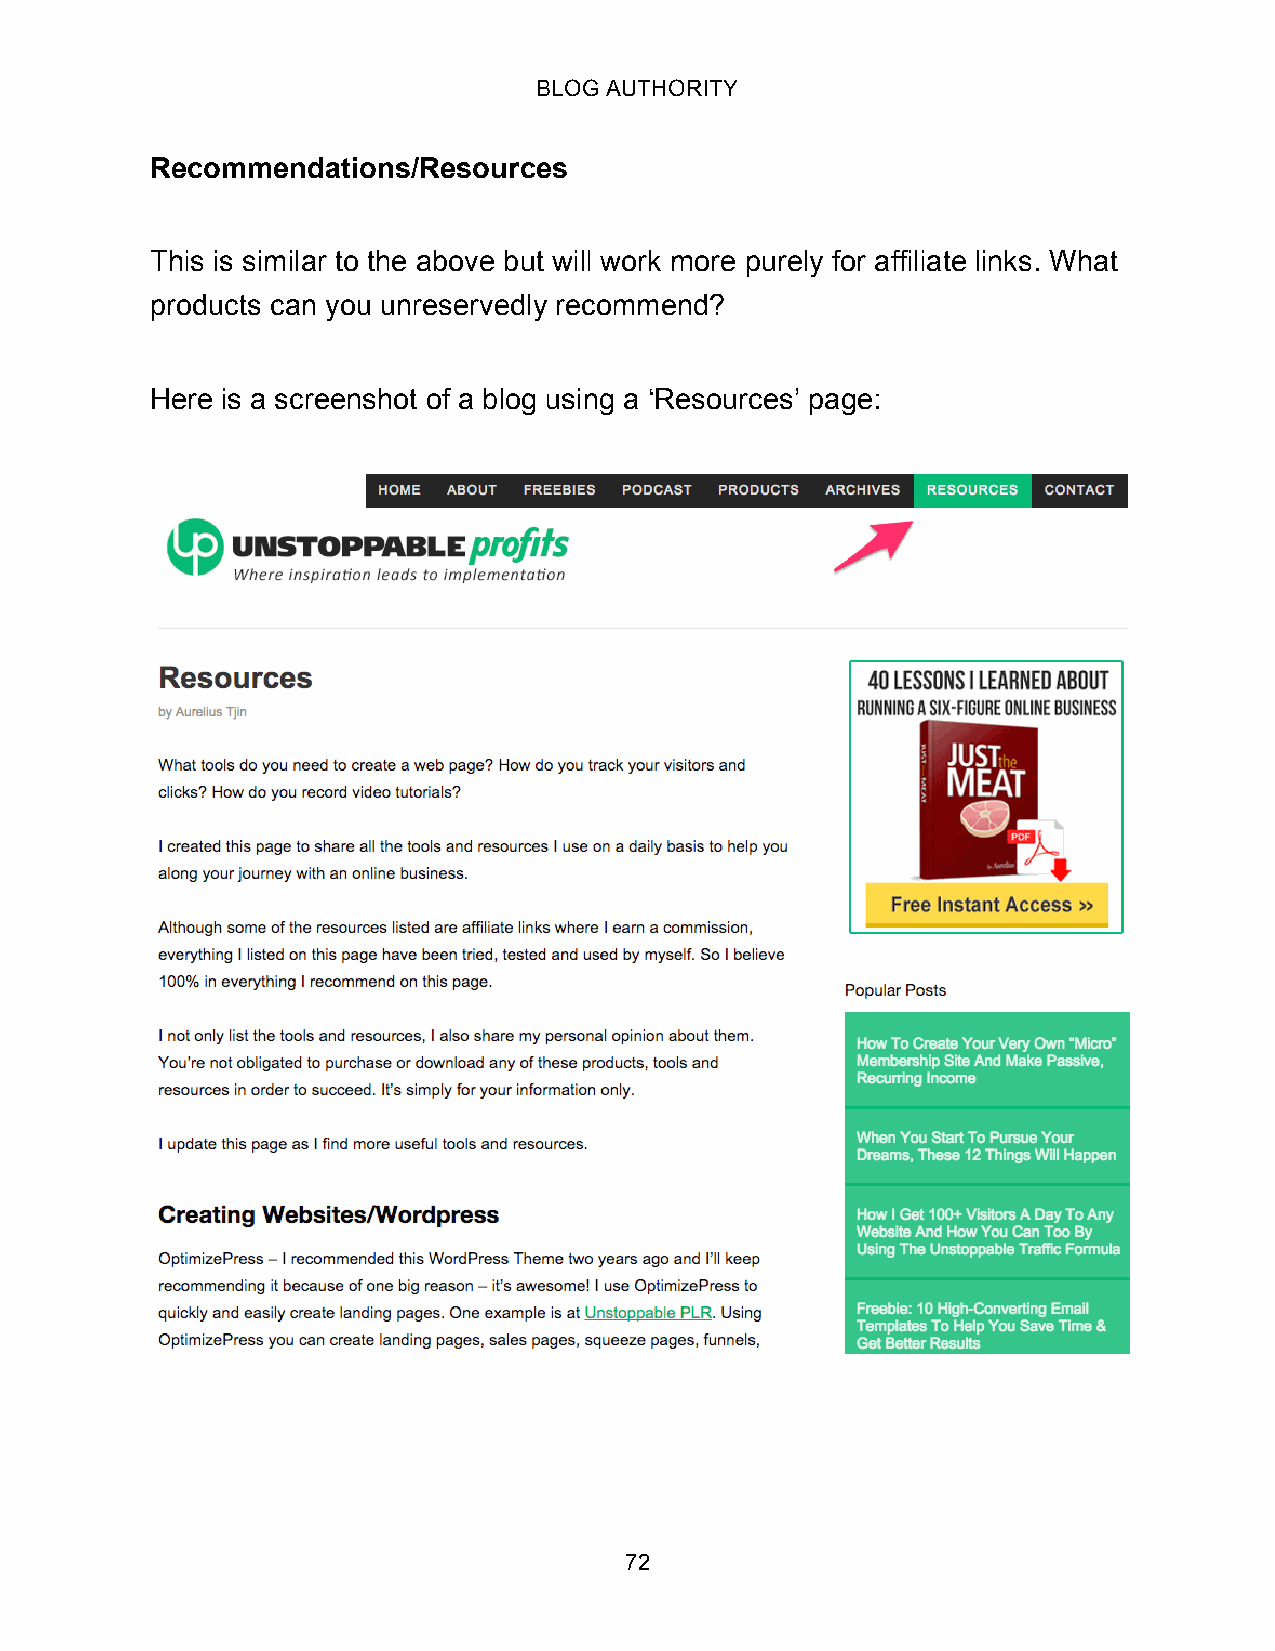
BLOG AUTHORITY
 Recommendations/Resources
 This is similar to the above but will work more purely for affiliate links. What
 products can you unreservedly recommend?
 Here is a screenshot of a blog using a ‘Resources’ page:
 72